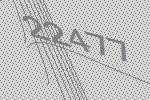
22477